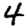
Digit: 4